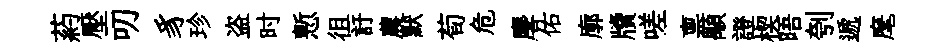
葯壓叨豸珍盗时慙徂訏農默荀危麐佑廓牘嗟禀顒證楔晤刳遞麾